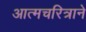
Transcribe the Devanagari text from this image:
आत्मचरित्राने